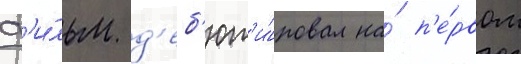
Ф'и́льм д'еб'ют'и́ровал на́ п'е́рвом